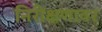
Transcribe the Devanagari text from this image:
निरीक्षणावर